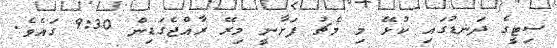
ސިޓީގެ ދަނޑުގައި ކުޅޭ މި މެޗު ފަށާނީ މިރޭ ރާއްޖެގަޑިން 9:30 ގައެވެ.